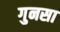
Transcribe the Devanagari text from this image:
गुनसा